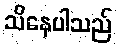
သိနေပါသည်